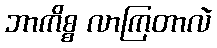
ဘာကိစ္စ လာကြတာလဲ